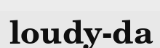
loudy-da